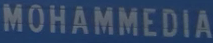
MOHAMMEDIA